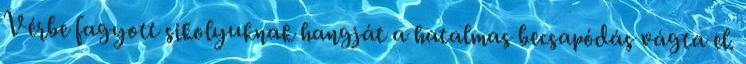
Vérbe fagyott sikolyuknak hangját a hatalmas becsapódás vágta el.